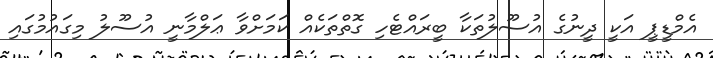
އެމްޑީޕީ އަކީ ދީނުގެ އުސޫލުތަކާ ބީރައްޓެހި ގޮތްތަކެއް ކަމަށްވާ ޢަލްމާނީ އުސޫލު މިގައުމުގައި